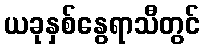
ယခုနှစ်နွေရာသီတွင်